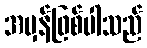
အမှန်ဖြစ်ပါသည်